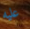
عليه